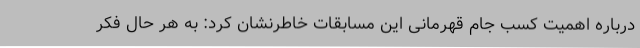
درباره اهمیت کسب جام قهرمانی این مسابقات خاطرنشان کرد: به هر حال فکر